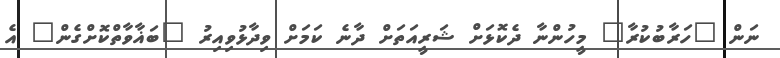
ނަން "ހަރާބުކުރާ" މީހުންނާ ދެކޮޅަށް ޝަރީއަތަށް ދާނެ ކަމަށް ވިދާޅުވިއިރު "ބަޣާވާތްކޮށްގެން" އެ